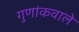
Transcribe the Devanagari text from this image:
गुणांकवाले